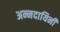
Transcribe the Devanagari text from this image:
अन्नदायिनी